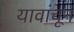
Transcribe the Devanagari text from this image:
यावांचून